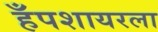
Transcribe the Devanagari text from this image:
हँपशायरला